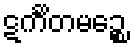
ဋင်္ကိတမဉ္စေ